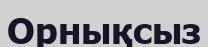
Орнықсыз